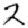
Digit: 2